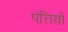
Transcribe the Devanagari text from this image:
पंत्तियों